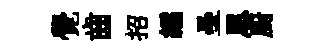
覺齒招繻壘恩厨